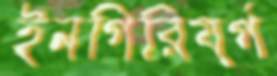
ইনগিরিয়র্গ